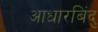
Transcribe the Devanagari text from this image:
आधारबिंदु